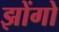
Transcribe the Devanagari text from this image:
झोंगो